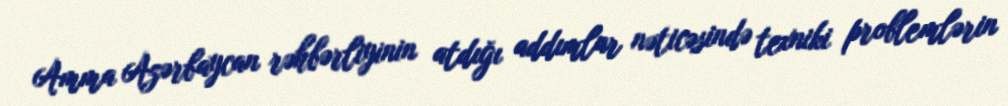
Amma Azərbaycan rəhbərliyinin atdığı addımlar nəticəsində texniki problemlərin